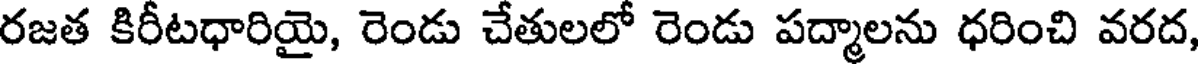
రజత కిరీటధారియై, రెండు చేతులలో రెండు పద్మాలను ధరించి వరద,